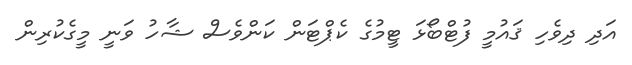
އަދި ދިވެހި ޤައުމީ ފުޓްބޯޅަ ޓީމުގެ ކެޕްޓަން ކަންވެސް ޝާހު ވަނީ މީގެކުރިން